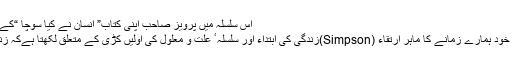
اس سلسلہ میں پرویز صاحب اپنی کتاب” انسان نے کیا سوچا “کے صفحہ 55پر لکھتے ہیں کہ :
’’یہ تو ڈارون نے کہا تھا لیکن خود ہمارے زمانے کا ماہر ارتقاء (Simpson)زندگی کی ابتداء اور سلسلہ ٴ علت و معلول کی اولیں کڑی کے متعلق لکھتا ہےکہ زندگی کی ابتداء کیسے ہو گئی ؟